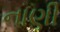
નાણી